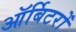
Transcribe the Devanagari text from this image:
ऑर्बिटरों